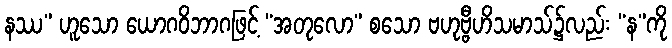
နဿ” ဟူသော ယောဂဝိဘာဂဖြင့် “အတုလော” စသော ဗဟုဗ္ဗီဟိသမာသ်၌လည်း “န”ကို